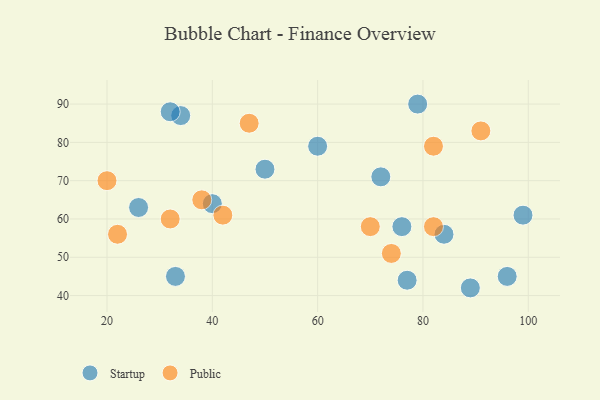
{"axis": {"x": "GDP", "y": "Life Expectancy"}, "legend": ["Public", "Startup"], "data": [{"x": "72", "y": 71, "type": "Startup"}, {"x": "96", "y": 45, "type": "Startup"}, {"x": "26", "y": 63, "type": "Startup"}, {"x": "60", "y": 79, "type": "Startup"}, {"x": "50", "y": 73, "type": "Startup"}, {"x": "89", "y": 42, "type": "Startup"}, {"x": "76", "y": 58, "type": "Startup"}, {"x": "77", "y": 44, "type": "Startup"}, {"x": "40", "y": 64, "type": "Startup"}, {"x": "34", "y": 87, "type": "Startup"}, {"x": "32", "y": 88, "type": "Startup"}, {"x": "33", "y": 45, "type": "Startup"}, {"x": "79", "y": 90, "type": "Startup"}, {"x": "99", "y": 61, "type": "Startup"}, {"x": "84", "y": 56, "type": "Startup"}, {"x": "82", "y": 79, "type": "Public"}, {"x": "20", "y": 70, "type": "Public"}, {"x": "74", "y": 51, "type": "Public"}, {"x": "70", "y": 58, "type": "Public"}, {"x": "32", "y": 60, "type": "Public"}, {"x": "42", "y": 61, "type": "Public"}, {"x": "47", "y": 85, "type": "Public"}, {"x": "22", "y": 56, "type": "Public"}, {"x": "91", "y": 83, "type": "Public"}, {"x": "38", "y": 65, "type": "Public"}, {"x": "82", "y": 58, "type": "Public"}]}